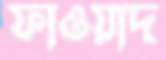
ফাওয়াদ